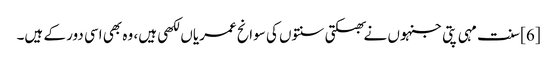
[6] سنت مہی پتی جنہوں نے بھکتی سنتوں کی سوانح عمریاں لکھی ہیں، وہ بھی اسی دور کے ہیں۔